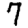
Digit: 7